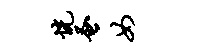
恍蚤女